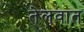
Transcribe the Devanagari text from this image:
तेलवात